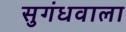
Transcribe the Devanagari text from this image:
सुगंधवाला